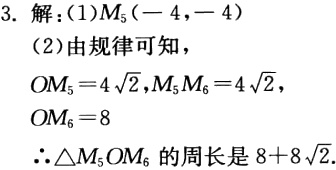
3. 解：(1)$M_{5}(-4,-4)$

(2)由规律可知，

$OM_{5}=4\sqrt{2},M_{5}M_{6}=4\sqrt{2}$，

$OM_{6}=8$

$\therefore\triangle M_{5}OM_{6}$的周长是$8 + 8\sqrt{2}$.